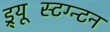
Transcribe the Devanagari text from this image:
ड्र्यूस्टिंग्न्टन